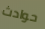
حوادث